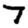
Digit: 7